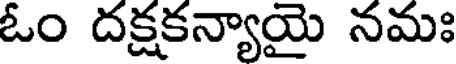
ఓం దక్షకన్యాయై నమః